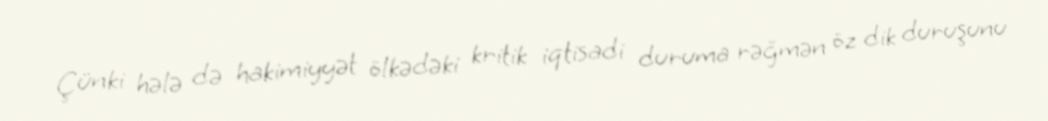
Çünki hələ də hakimiyyət ölkədəki kritik iqtisadi duruma rəğmən öz dik duruşunu